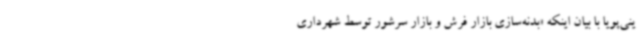
ینی‌پویا با بیان اینکه «بدنه‌سازی بازار فرش و بازار سرشور توسط شهرداری